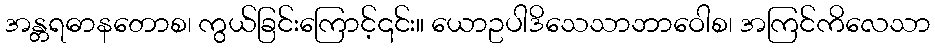
အန္တရဓာနတောစ၊ ကွယ်ခြင်းကြောင့်၎င်း။ ယောဥပါဒိသေသာဘာဝေါစ၊ အကြင်ကိလေသာ